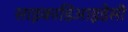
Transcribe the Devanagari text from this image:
साइकाडिआइडेसी